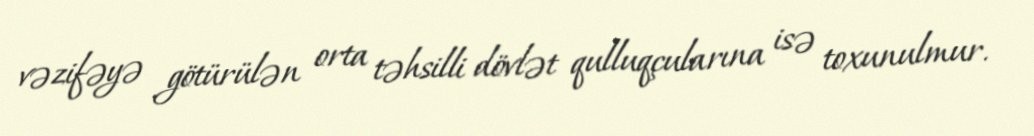
vəzifəyə götürülən orta təhsilli dövlət qulluqçularına isə toxunulmur.